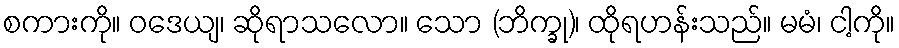
စကားကို။ ဝဒေယျ၊ ဆိုရာသလော။ သော (ဘိက္ခု)၊ ထိုရဟန်းသည်။ မမံ၊ ငါ့ကို။